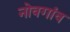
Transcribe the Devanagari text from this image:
नोवगांव